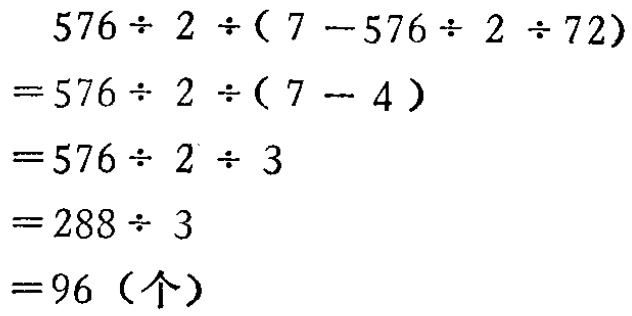
\[
\begin{align*}
&576\div 2\div(7 - 576\div 2\div 72)\\
=&576\div 2\div(7 - 4)\\
=&576\div 2\div 3\\
=&288\div 3\\
=&96（个）
\end{align*}
\]